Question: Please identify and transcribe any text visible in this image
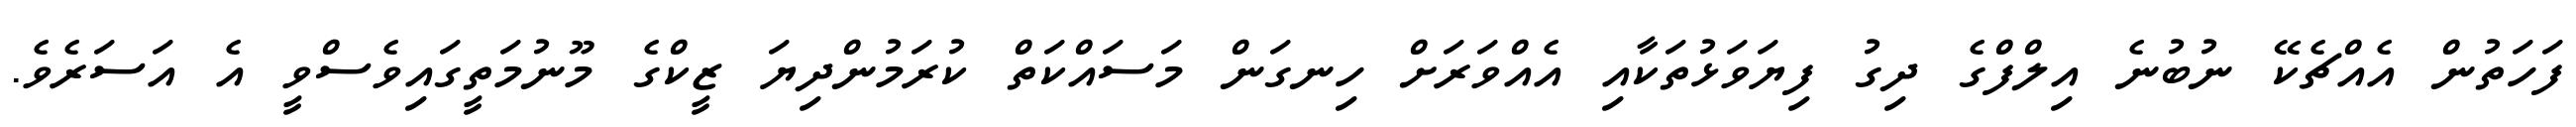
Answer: ފަހަތުން އެއްޗެކޭ ނުބުނެ އިލްފްގެ ދިގު ފިޔަވަޅުތަކާއި އެއްވަރަށް ހިނގަން މަސައްކަތް ކުރަމުންދިޔަ ޒީކްގެ މޫނުމަތީގައިވެސްވީ އެ އަސަރެވެ.